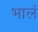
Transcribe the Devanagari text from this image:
भालं